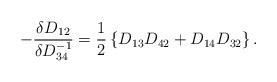
LaTeX: \begin{align*} -\frac{\delta D_{12}}{\delta D^{-1}_{34}}=\frac{1}{2}\left\{D_{13}D_{42}+D_{14}D_{32}\right\}.\end{align*}